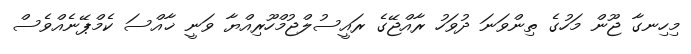
މިހިނގާ ޖޫން މަހުގެ ތިންވަނަ ދުވަހު ރާއްޖޭގެ ރައީސުލްޖުމްހޫރިއްޔާ ވަނީ ޚާއްސަ ކެމްޕޭނެއްވެސް